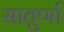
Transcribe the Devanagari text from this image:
सातुर्णा